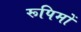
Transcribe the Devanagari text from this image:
रूपिमों